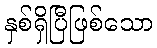
နှစ်ရှိပြီဖြစ်သော